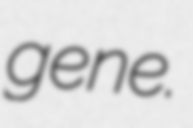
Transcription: gene.